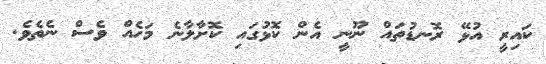
ކައިރީ އުޅޭ ރޮނޑުތައް ނޫނީ އެން ކޮޅުގައި ކޮށާލާނެ މަހެއް ވެސް ނެތެވެ.